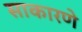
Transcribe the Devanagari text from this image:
साकारणे